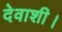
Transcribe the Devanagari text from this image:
देवाशी।